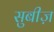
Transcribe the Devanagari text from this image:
सुबीज़